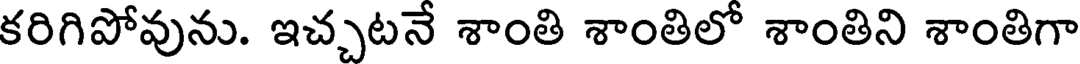
కరిగిపోవును. ఇచ్చటనే శాంతి శాంతిలో శాంతిని శాంతిగా